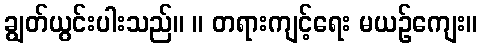
ချွတ်ယွင်းပါးသည်။ ။ တရားကျင့်ရေး မယဉ်ကျေး။